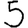
Digit: 5